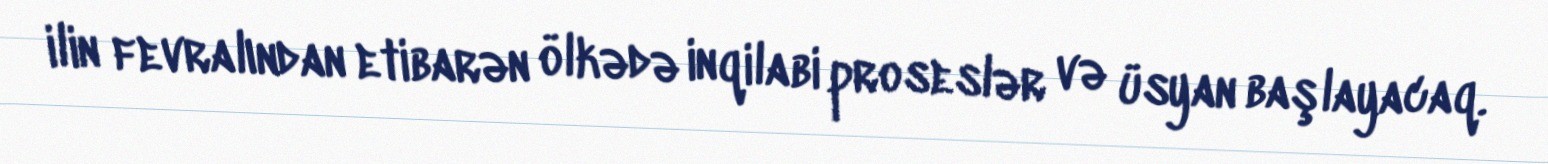
ilin fevralından etibarən ölkədə inqilabi proseslər və üsyan başlayacaq.